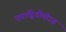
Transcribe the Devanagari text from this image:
एवाद्वितीयोऽहं